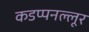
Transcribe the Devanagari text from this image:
कडप्पनल्लूर